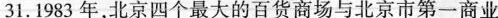
31.1983年，北京四个最大的百货商场与北京市第一商业